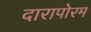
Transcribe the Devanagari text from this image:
दारापोरम